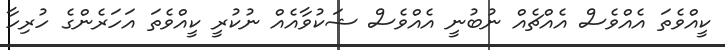
ކީއްވެތަ އެއްވެސް އެއްޗެއް ނުބުނީ އެއްވެސް ޝަކުވާއެއް ނުކުރީ ކީއްވެތަ އަހަރެންގެ ހުރިހާ